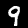
Digit: 9